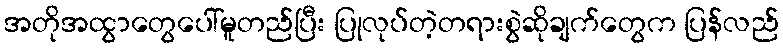
အတိုအထွာတွေပေါ်မူတည်ပြီး ပြုလုပ်တဲ့တရားစွဲဆိုချက်တွေက ပြန်လည်